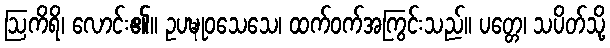
ဩကိရိ၊ လောင်း၏။ ဥပဍ္ဎုဝသေသေ၊ ထက်ဝက်အကြွင်းသည်။ ပတ္တေ၊ သပိတ်သို့